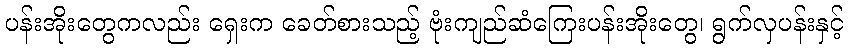
ပန်းအိုးတွေကလည်း ရှေးက ခေတ်စားသည့် ဗုံးကျည်ဆံကြေးပန်းအိုးတွေ၊ ရွက်လှပန်းနှင့်